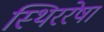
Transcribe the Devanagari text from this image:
स्थिररेषा